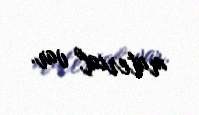
material var.